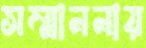
সম্মাননায়